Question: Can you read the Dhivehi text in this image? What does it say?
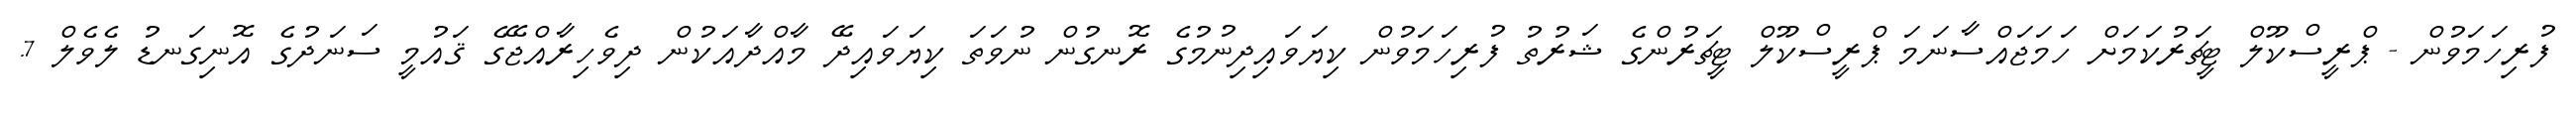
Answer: ފުރިހަމަވުން - ޕްރީސްކޫލް ޓީޗަރުކަމަށް ހަމަޖައްސާނަމަ ޕްރީސްކޫލް ޓީޗަރުންގެ ޝަރުތު ފުރިހަމަވުން ކިޔަވައިދިނުމުގެ ރޮނގުން ނުވަތަ ކިޔަވައިދޭ މާއްދާއަކުން ދިވެހިރާއްޖޭގެ ޤައުމީ ސަނަދުގެ އޮނިގަނޑު ލެވެލް 7.